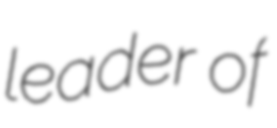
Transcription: leader of